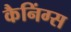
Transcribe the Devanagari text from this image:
कैनिंग्स